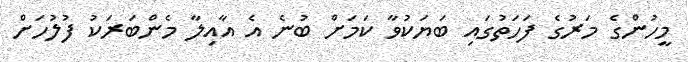
މީހުންގެ މަރުގެ ފަހަތުގައި ބަޔަކުވާ ކަމަށް ބުނެ އެ އާއިލާ މެންބަރަކު ފުލުހަށް